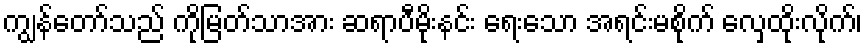
ကျွန်တော်သည် ကိုမြတ်သာအား ဆရာပီမိုးနင်း ရေးသော အရင်းမစိုက် လှေထိုးလိုက်၊